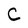
Character: C